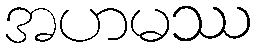
အဟမဿ